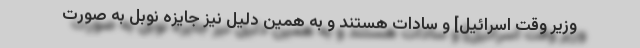
وزیر وقت اسرائیل] و سادات هستند و به همین دلیل نیز جایزه نوبل به صورت